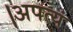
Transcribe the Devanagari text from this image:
।अपत्यं